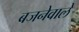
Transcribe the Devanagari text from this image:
बजनेवाले